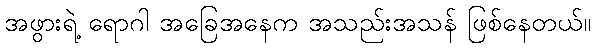
အဖွားရဲ့ ရောဂါ အခြေအနေက အသည်းအသန် ဖြစ်နေတယ်။